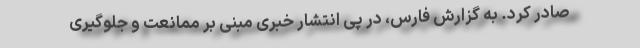
صادر کرد. به گزارش فارس، در پی انتشار خبری مبنی بر ممانعت و جلوگیری